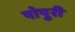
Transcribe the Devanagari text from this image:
पोपुरी